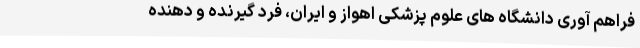
فراهم آوری دانشگاه های علوم پزشکی اهواز و ایران، فرد گیرنده و دهنده